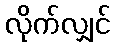
လိုက်လျှင်